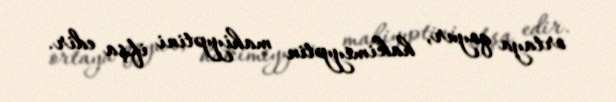
ortaya qoyur, hakimiyyətin mahiyyətini ifşa edir.